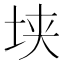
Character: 𰉥